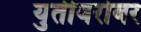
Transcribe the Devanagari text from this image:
युतीबरोबर